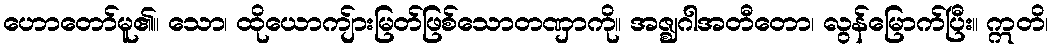
ဟောတော်မူ၏။ သော၊ ထိုယောကျ်ားမြတ်ဖြစ်သောတဏှာကို။ အဇ္ဈဂါအတီတော၊ လွန်မြောက်ပြီး။ ဣတိ၊